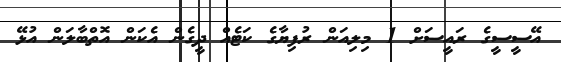
އޭސީސީގެ ރައީސަށް 1 މިލިއަން ރުފިޔާގެ ކަޓެއް ދީގެން އެކަން އޮތްބާލަން އުޅޭ